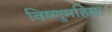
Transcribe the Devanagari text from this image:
विष्णुमहिमा